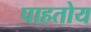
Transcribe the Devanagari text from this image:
पाहतोय